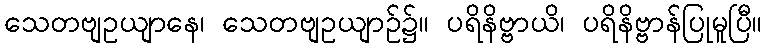
သေတဗျဥယျာနေ၊ သေတဗျဥယျာဉ်၌။ ပရိနိဗ္ဗာယိ၊ ပရိနိဗ္ဗာန်ပြုမူပြီ။